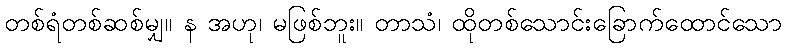
တစ်ရံတစ်ဆစ်မျှ။ န အဟု၊ မဖြစ်ဘူး။ တာသံ၊ ထိုတစ်သောင်းခြောက်ထောင်သော